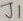
Text: J1